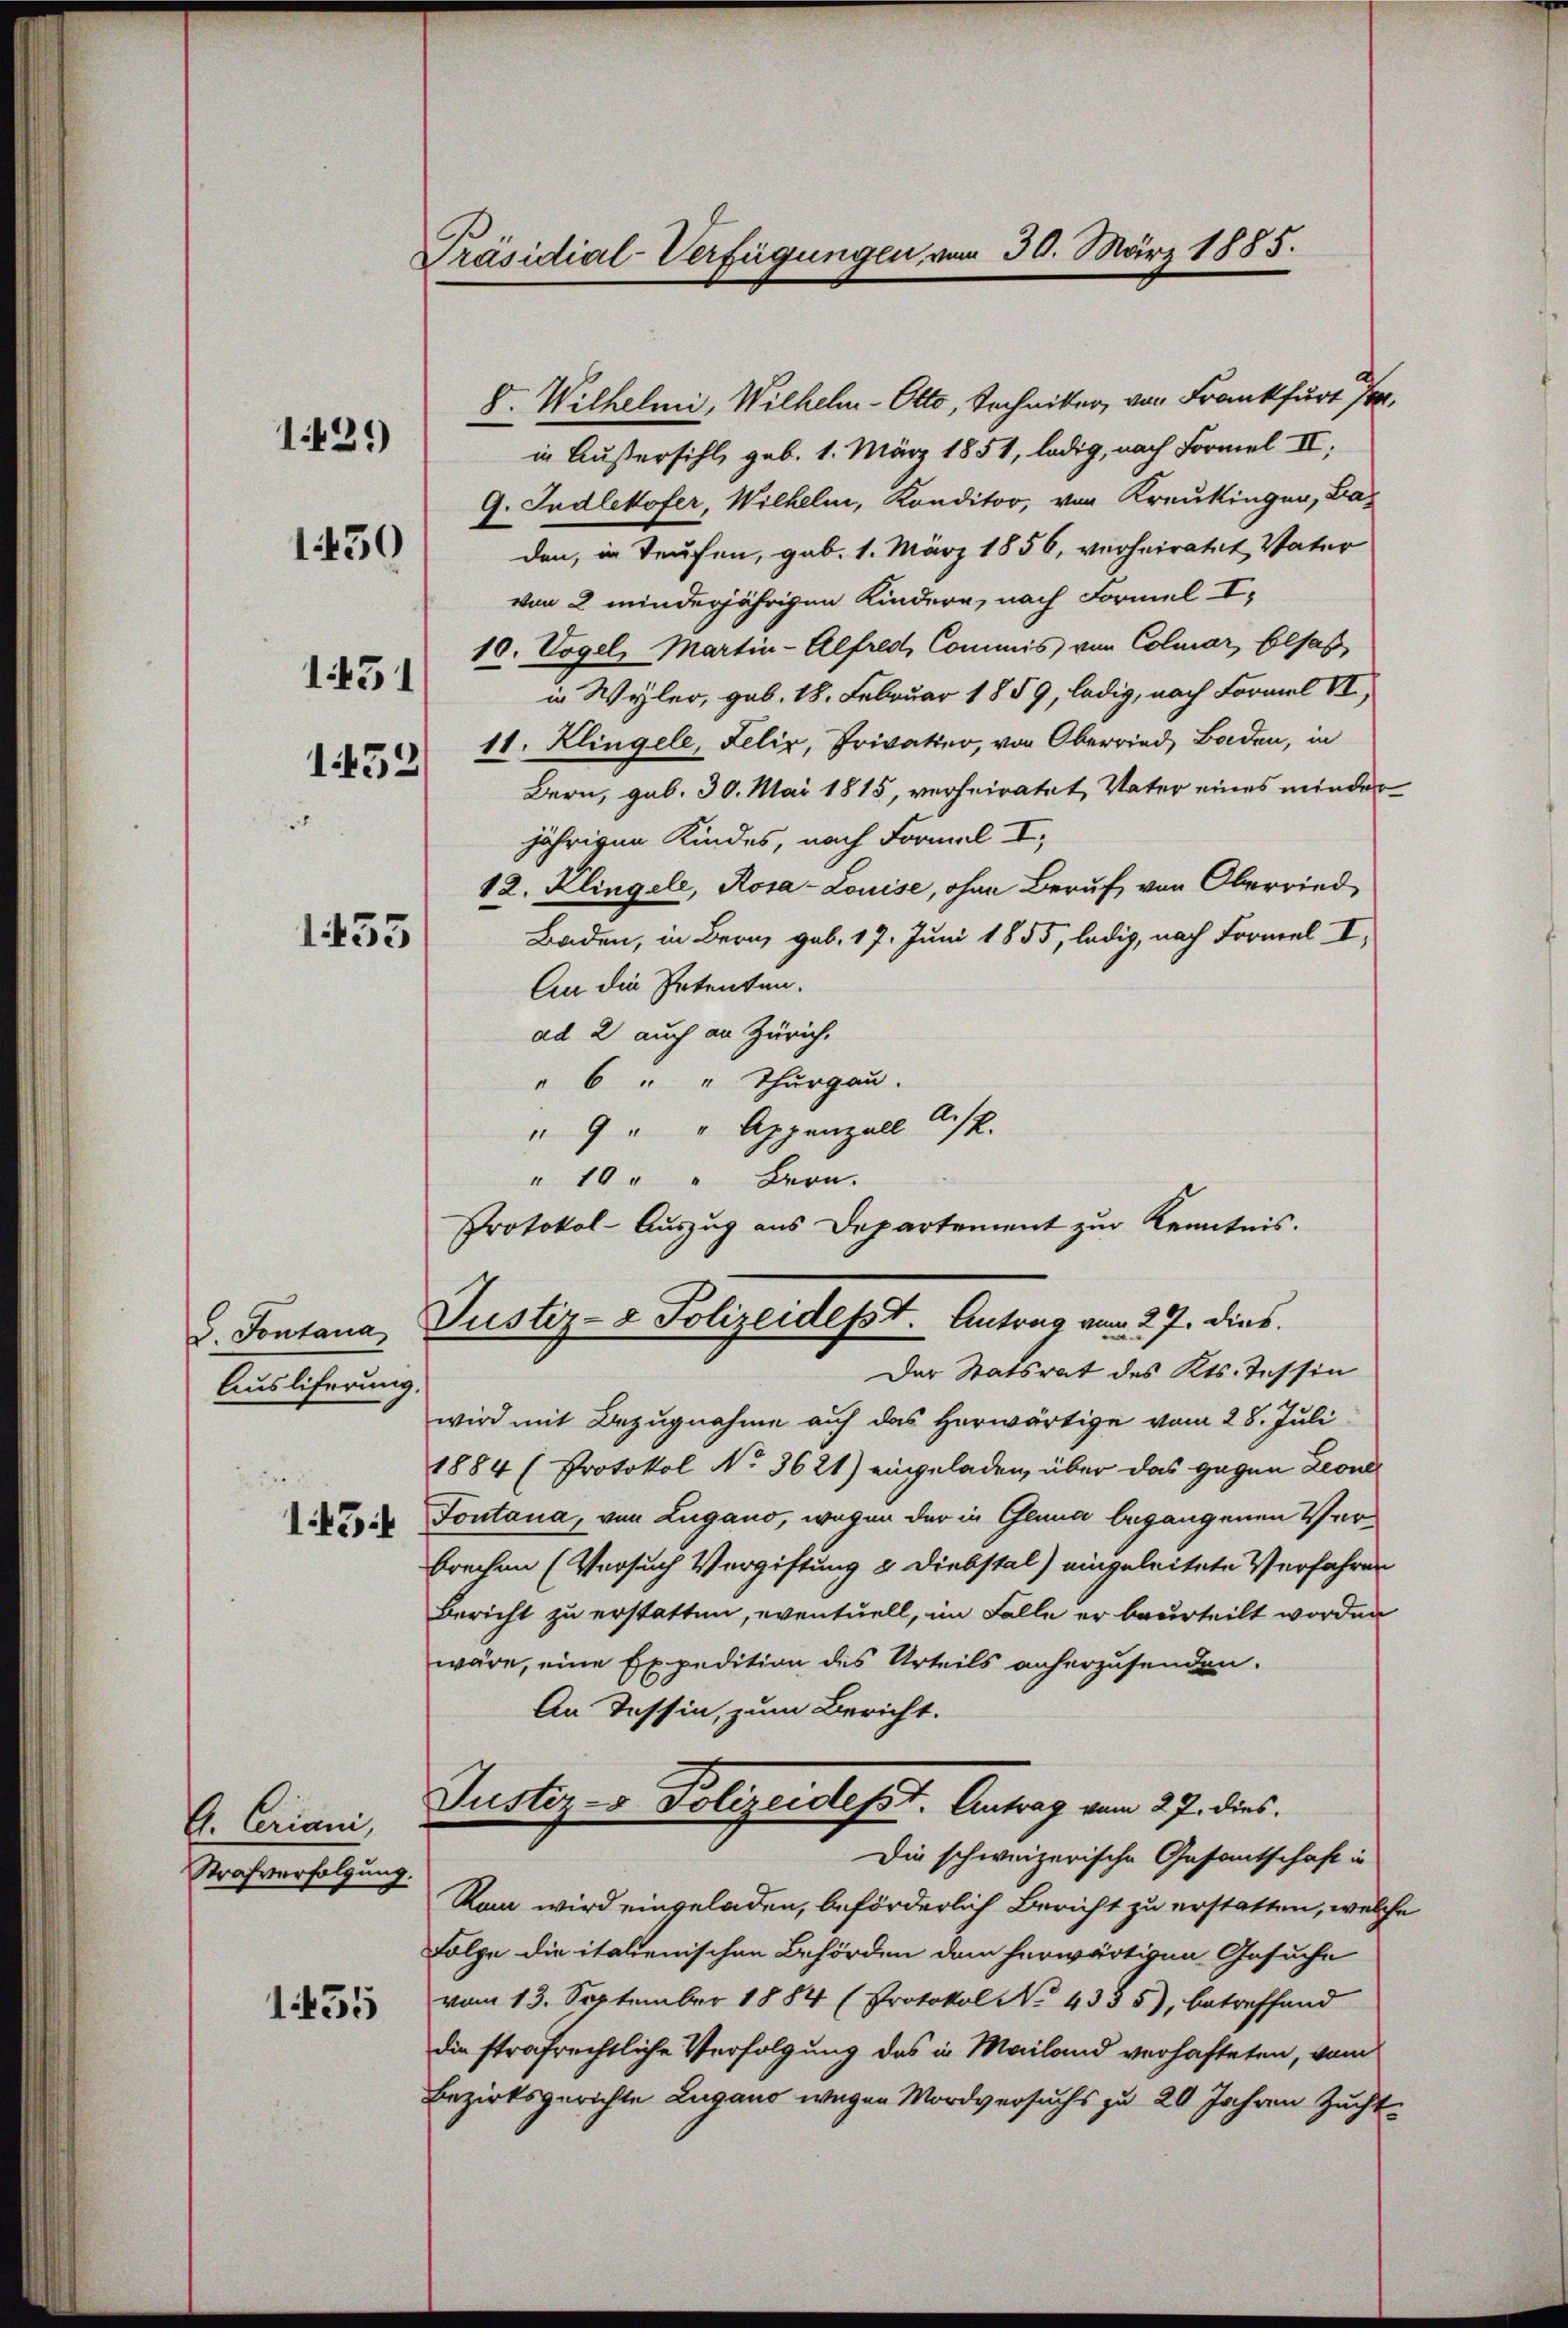
1429)

1430

1431
1453

1433

d. Fontana,
Ausliferung.
143

G. Criani,
Strafverfolgung.

1455

Präsidial-Verfügungen vom 30. März 1885.

8. Wilhelmi, Wilhelm-Otto, Techniker, von Frankfurt P
in Außersihl, geb. 1. März 1851, ledig, nach Formel II,
G. Indlekofer, Wilhelm, Konditor, von Kreukingen, Laden, in Teufen, geb. 1. März 1856, verheiratet, Vater
von 2 minderjährigen Kindern, nach Formel I
10. Vogel, Martin-Alfred, Commis von Colmar, Elsaß
in Wyler, geb. 18. Februar 1859, ledig, nach Formal VI,
11. Klingele, Felix, Privater, von Oberried, Baden, in
Bern, geb. 30. Mai 1815, verheiratet, Vater eines minder
jährigen Kindes, nach Formal I
12. Klingele, Rosa-Louise, ohne Beruf von Oberried,
Baden, in Bern, geb. 17. Juni 1855, ledig, nach Fromel I,
An die Petenten.
ad 2 auch an Zürich.
" 6 " " Thurgau.
" 9 " " Appenzell A.R.
" 10 " " Bern.
Protokol-Auszug aus Departement zur Kenntnis.
Justiz- & Polizeidesst. Antrag vom 27. dies.
Der Statsrat des Kts. Tessin
wird mit Bezugnahme auf das herwärtige vom 28. Juli
1884 (Protokol No 3621) eingeladen, über das gegen Leone
Fontana, von Lugano, wegen der in Genua begangenen Verbrechen (Versuch Vergiftung & Diebstal) eingeleitete Verfahren
Bericht zu erstatten, eventuell, im Falle er beurteilt worden
wäre, eine Expedition des Urteils anherzusenden.
An Tessin, zum Bericht.
Justiz- & Polizeidept. Antrag vom 27. dies.
Die schweizerische Gesamtschaft in
Ram wird eingeladen, beförderlich Bericht zu erstatten, welche
Folge die italienischen Behörden dem herwärtigen Gesuche
vom 13. September 1884 (Protokol No 4335), betreffend
die strafrechtliche Verfolgung des in Mailand verhafteten, vom
Bezirksgerichte Zugano wegen Mordversuchs zu 20 Jahren Zucht¬